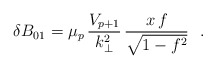
\begin{align*}\delta B_{01}= {\mu_p}\,\frac{V_{p+1} }{k_{\bot}^{2}}\,\frac{ x\,f }{\sqrt{1 - f^2}}~~.\end{align*}